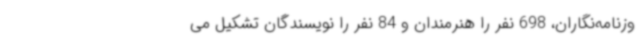
وزنامه‌نگاران، 698 نفر را هنرمندان و 84 نفر را نویسندگان تشکیل می